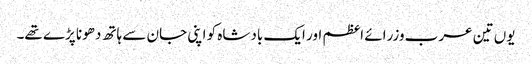
یوں تین عرب وزرائے اعظم اور ایک بادشاہ کو اپنی جان سے ہاتھ دھونا پڑے تھے۔